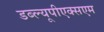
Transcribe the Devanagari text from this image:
डब्ल्यूपीएक्सएम